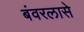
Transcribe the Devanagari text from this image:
बंवरलासे